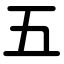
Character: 五